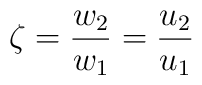
\zeta =\frac{w_{2}}{w_{1}} =\frac{u_{2}}{u_{1}}